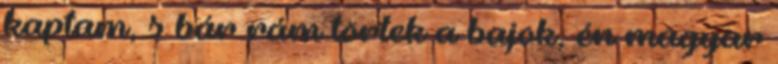
kaptam, s bár rám törtek a bajok, én magyar